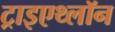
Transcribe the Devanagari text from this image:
ट्राइएथ्लॉन